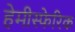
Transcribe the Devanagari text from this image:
हेमीस्फेरिक